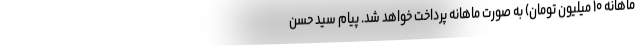
ماهانه ۱۰ میلیون تومان) به صورت ماهانه پرداخت خواهد شد. پیام سید حسن